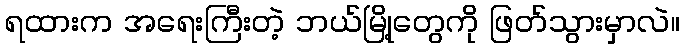
ရထားက အရေးကြီးတဲ့ ဘယ်မြို့တွေကို ဖြတ်သွားမှာလဲ။